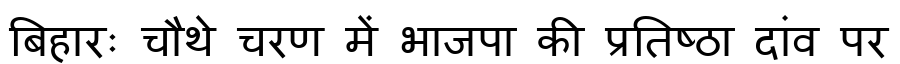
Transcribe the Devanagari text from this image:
बिहारः चौथे चरण में भाजपा की प्रतिष्ठा दांव पर